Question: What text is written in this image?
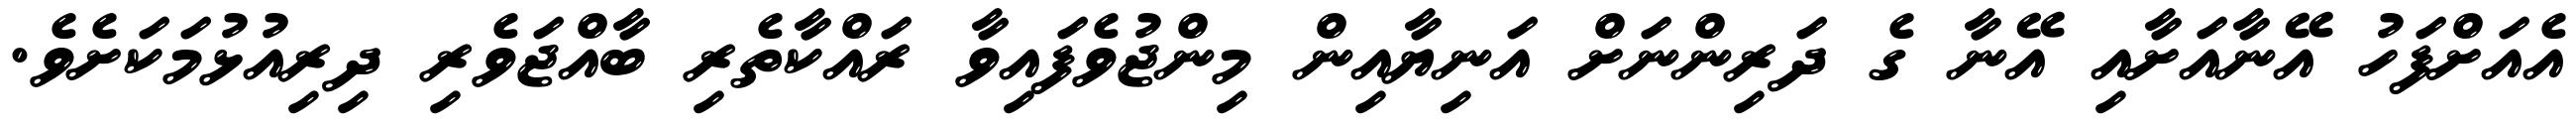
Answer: އެއަށްފަހު އޭނާއަށާއި އޭނާ ގެ ދަރިންނަށް އަނިޔާއިން މިންޖުވެފައިވާ ރައްކާތެރި ބާއްޖަވެރި ދިރިއުޅުމަކަށެވެ.